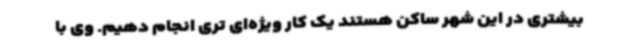
بیشتری در این شهر ساکن هستند یک کار ویژه‌ای تری انجام دهیم. وی با